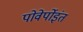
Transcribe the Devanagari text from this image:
पोवेर्पोइंत